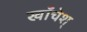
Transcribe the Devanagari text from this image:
खाँचेश्